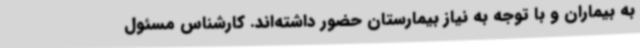
به بیماران و با توجه به نیاز بیمارستان حضور داشته‌اند. کارشناس مسئول